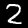
Label: 2